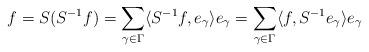
LaTeX: \begin{align*}f = S(S^{-1} f) = \sum_{\gamma \in \Gamma} \langle S^{-1} f, e_\gamma \rangle e_\gamma = \sum_{\gamma \in \Gamma} \langle f, S^{-1} e_\gamma \rangle e_\gamma\end{align*}